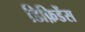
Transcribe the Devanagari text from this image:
डिफ़िडेंस